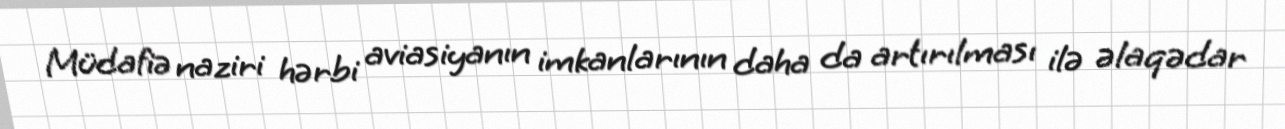
Müdafiə naziri hərbi aviasiyanın imkanlarının daha da artırılması ilə əlaqədar